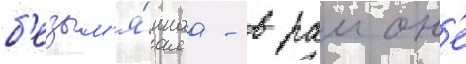
б'езым'я́ннаа - в раион'е